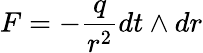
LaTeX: F=-\frac{q}{r^{2}}dt\wedge dr